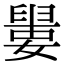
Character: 𡡋